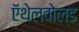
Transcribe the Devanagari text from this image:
ऍथेलवोल्ड